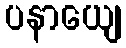
ပနာယျေ